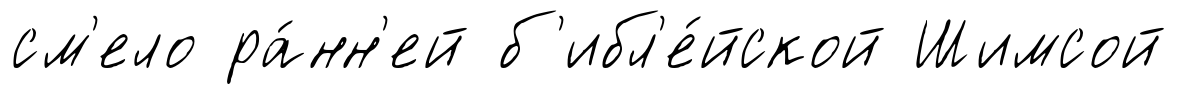
см'ело ра́нн'ей б'ибл'е́йской Шимсой